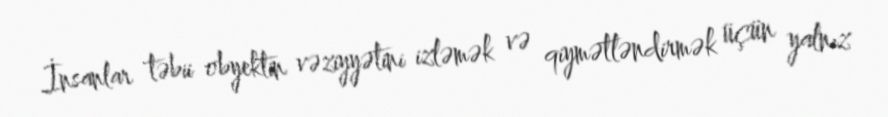
İnsanlar təbii obyektin vəziyyətini izləmək və qiymətləndirmək üçün yalnız